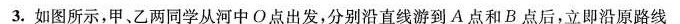
3.如图所示，甲、乙两同学从河中O点出发，分别沿直线游到A点和B点后，立即沿原路线